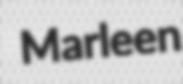
Marleen